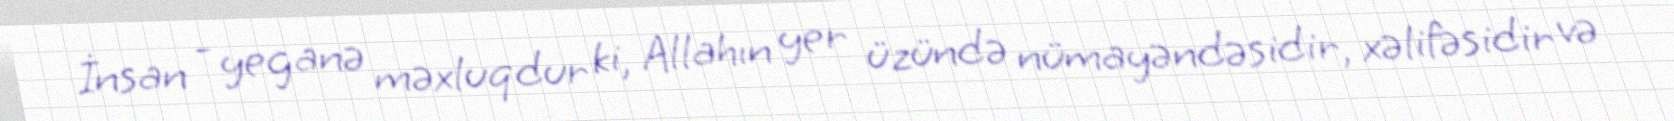
İnsan - yeganə məxluqdur ki, Allahın yer üzündə nümayəndəsidir, xəlifəsidir və